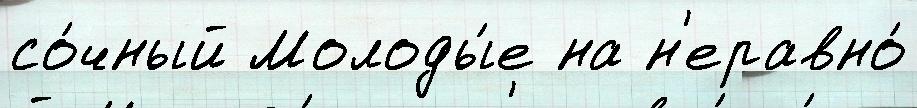
со́чный Молоды́е на н'еравно́